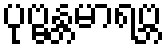
ပုဗ္ဗန္တမာရဗ္ဘ